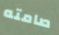
صامته